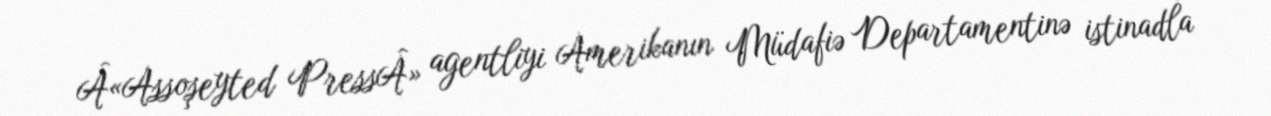
Â«Assoşeyted PressÂ» agentliyi Amerikanın Müdafiə Departamentinə istinadla